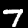
Digit: 7